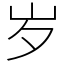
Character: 岁